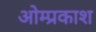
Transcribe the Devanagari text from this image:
ओम्प्रकाश